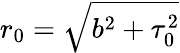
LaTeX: r_{0}=\sqrt{b^{2}+\tau_{0}^{2}}